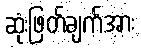
ဆုံးဖြတ်ချက်အား